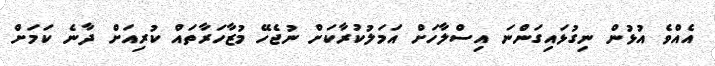
އެއްވެ އުޅުން ނިގުޅައިގަންނަ އިސްލާހަށް އަމަލުކުރާކަށް ނުޖެހޭ މުޒާހަރާތައް ކުރިއަށް ދާނެ ކަމަށް